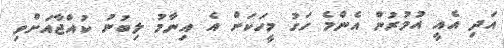
އަދި އެއީ އުމުރުން އެންމެ ހަގު މީހަކަށް އެ އިނާމު ލިބުނު ކުއްޖާއަށްވި